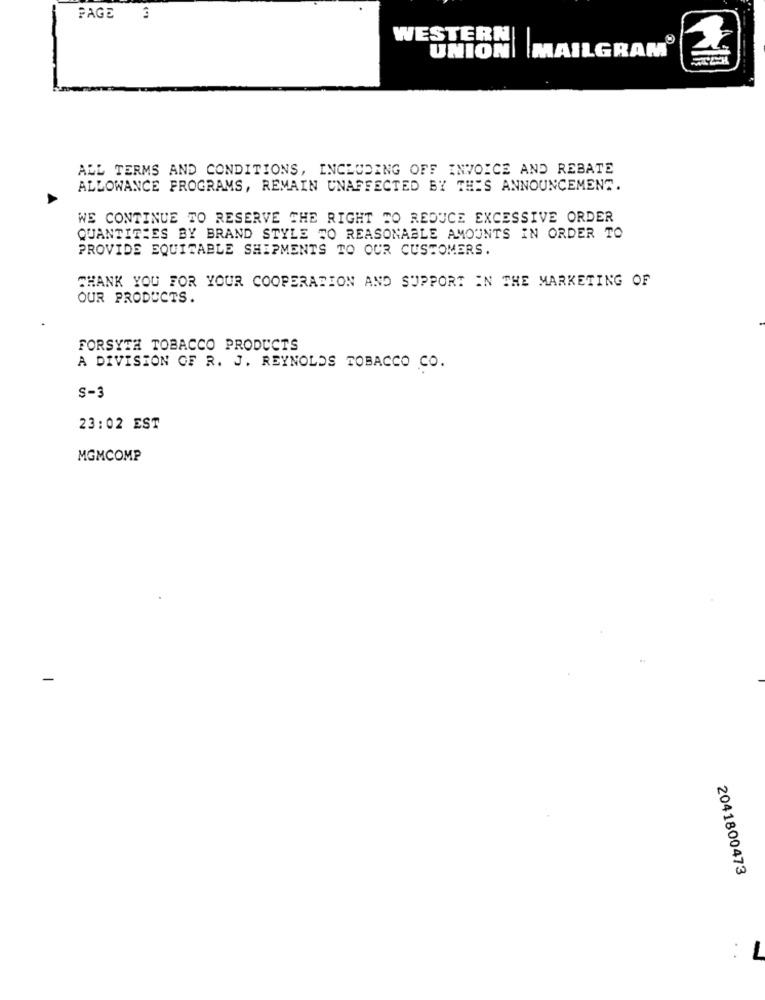
PAGE 3
WESTERN
UNION| MAILGRAM®
SICH
ALL TERMS AND CONDITIONS, INCLUDING OFF INVOICE AND REBATE
ALLOWANCE PROGRAMS, REMAIN UNAFFECTED BY THIS ANNOUNCEMENT.
WE CONTINUE TO RESERVE THE RIGHT TO REDUCE EXCESSIVE ORDER
QUANTITIES BY BRAND STYLE TO REASONABLE AMOUNTS IN ORDER TO
PROVIDE EQUITABLE SHIPMENTS TO OUR CUSTOMERS.
THANK YOU FOR YOUR COOPERATION AND SUPPORT IN THE MARKETING OF
OUR PRODUCTS.
FORSYTH TOBACCO PRODUCTS
A DIVISION OF R. J. REYNOLDS TOBACCO CO.
S-3
23:02 EST
MGMCOMP
-
2041800473
L